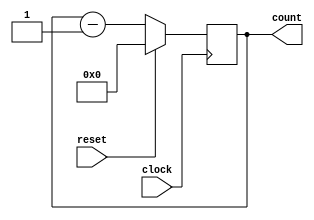
module sync_down_counter(clock,count,reset);
 output reg[3:0]count;
 input clock,reset;
 always @ (posedge clock) begin
  if (reset)
   count<=4'b0;
  else 
    count<=count-1;
end
endmodule